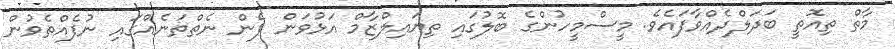
މާތް ތިއޮތީ ބަދަލްދެއްވާފައެވެ. މީސްމީހުންގެ ބޮލުގައި ތިޔައިލްޒާމް އަޅުވަން ފެން ނެތްތަނެއްގައި ނުފެއްތެވުން